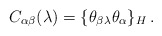
\begin{align*}C_{\alpha\beta}(\lambda)=\{\theta_{\beta}{}_{\lambda}\theta_{\alpha}\}_H\,.\end{align*}